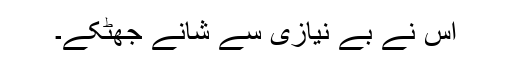
اس نے بے نیازی سے شانے جھٹکے۔